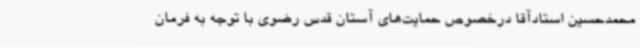
محمدحسین استادآقا درخصوص حمایت‌های آستان قدس رضوی با توجه به فرمان